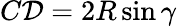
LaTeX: C\mathcal{D}=2R\sin\gamma